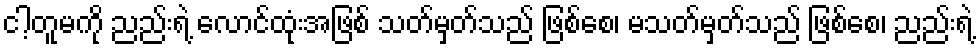
ငါ့တူမကို ညည်းရဲ့ လောင်ထုံးအဖြစ် သတ်မှတ်သည် ဖြစ်စေ၊ မသတ်မှတ်သည် ဖြစ်စေ၊ ညည်းရဲ့